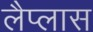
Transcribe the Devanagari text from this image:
लैप्लास